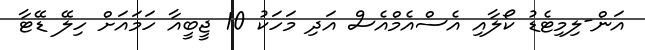
އަން-ލިމިޓެޑު ކޯލާއި އެސްއެމްއެސް އަދި މަހަކު 10 ޖީބީއާ ހަމައަށް ހިލޭ ޑޭޓާ